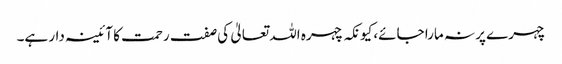
چہرے پر نہ مارا جائے، کیونکہ چہرہ اللہ تعالیٰ کی صفت رحمت کا آئینہ دار ہے۔